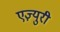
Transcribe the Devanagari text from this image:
एज़्युरी